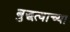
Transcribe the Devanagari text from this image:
बुद्धत्वाच्या